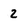
Character: 2